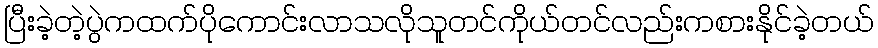
ပြီးခဲ့တဲ့ပွဲကထက်ပိုကောင်းလာသလိုသူတင်ကိုယ်တင်လည်းကစားနိုင်ခဲ့တယ်